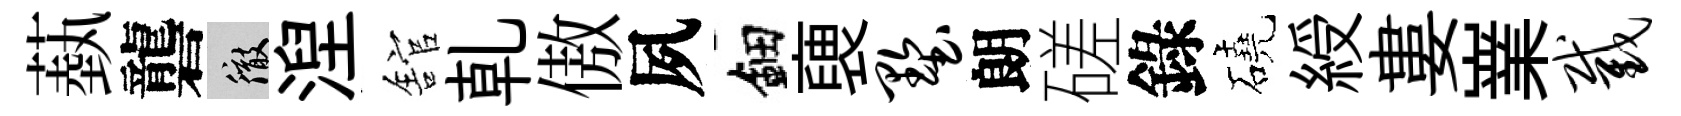
蓺礱徹湼舘乹傲夙鈿褏墅朗磋錄磽綬婁嶪截